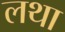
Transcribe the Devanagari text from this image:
लथा